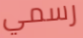
رسمي